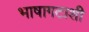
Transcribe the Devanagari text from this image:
भाषागटाशी